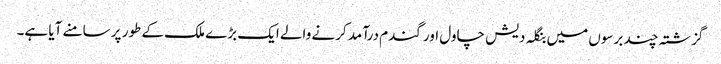
گزشتہ چند برسوں میں بنگلہ دیش چاول اور گندم درآمد کرنے والے ایک بڑے ملک کے طور پر سامنے آیا ہے۔